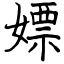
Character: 嫖